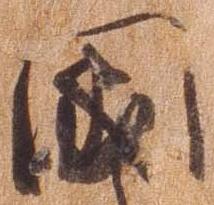
国